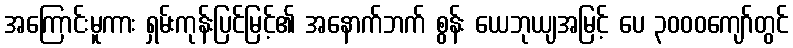
အကြောင်းမူကား ရှမ်းကုန်းပြင်မြင့်၏ အနောက်ဘက် စွန်း ယေဘုယျအမြင့် ပေ ၃၀၀၀ကျော်တွင်